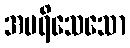
အပရိသေသော